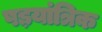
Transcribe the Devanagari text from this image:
षड़यांत्रिक